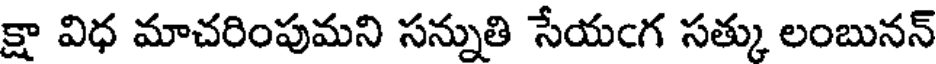
క్షా విధ మాచరింపుమని సన్నుతి సేయఁగ సత్కు లంబునన్